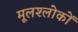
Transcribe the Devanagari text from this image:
मूलश्लोकों